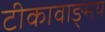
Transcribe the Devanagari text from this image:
टीकावाङ्मय